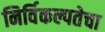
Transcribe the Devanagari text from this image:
निर्विकल्पतेचा